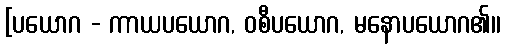
[ပယောဂ - ကာယပယောဂ, ဝစီပယောဂ, မနောပယောဂ၏၊၊